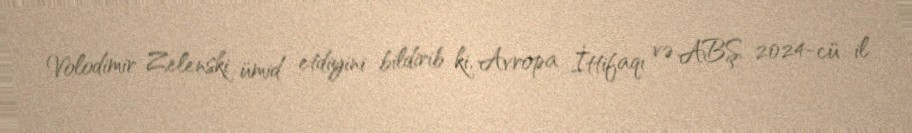
Volodimir Zelenski ümid etdiyini bildirib ki, Avropa İttifaqı və ABŞ 2024-cü il